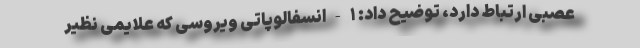
عصبی ارتباط دارد، توضیح داد: ۱-انسفالوپاتی ویروسی که علایمی نظیر